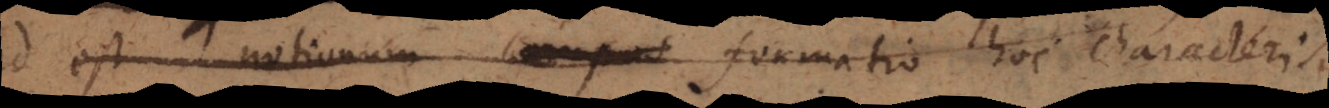
id est notionum _ formatio hoc characteris